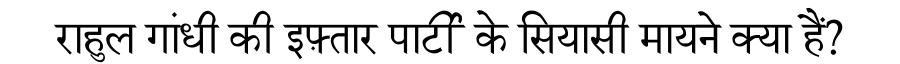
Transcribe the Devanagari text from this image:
राहुल गांधी की इफ़्तार पार्टी के सियासी मायने क्या हैं?